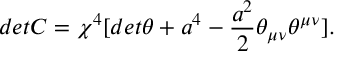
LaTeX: d e t C = { \chi } ^ { 4 } [ d e t { \theta } + a ^ { 4 } - \frac { a ^ { 2 } } { 2 } { \theta } _ { { \mu } { \nu } } { \theta } ^ { { \mu } { \nu } } ] .